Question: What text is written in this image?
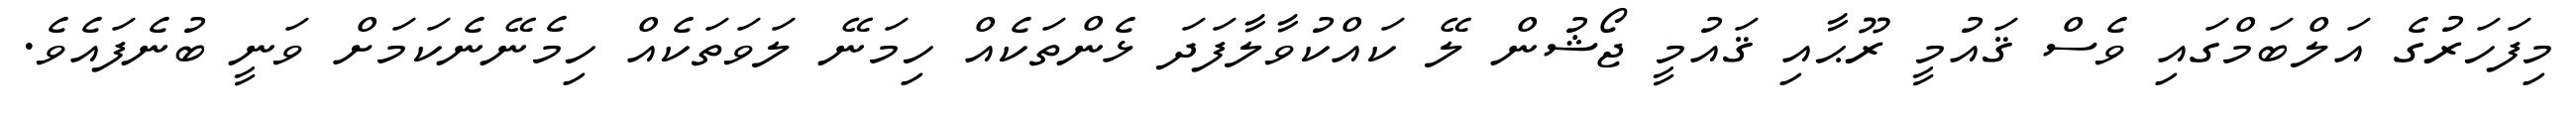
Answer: މިފަހަރުގެ އަލްބަމްގައި ވެސް ޤައުމީ ރޫޙާއި ޤައުމީ ޖޯޝުން ލޭ ކައްކުވާލާފަދަ ޅެންތަކެއް ހިމަނޭ ލަވަތަކެއް ހިމެނޭނެކަމަށް ވަނީ ބުނެފައެވެ.